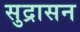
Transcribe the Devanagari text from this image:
सुद्रासन